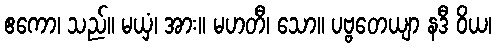
ဧကော၊ သည်။ မယှံ၊ အား။ မဟတီ၊ သော။ ပဗ္ဗတေယျာ နဒီ ဝိယ၊